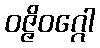
ဝဇ္ဇိဝဂ္ဂေါ